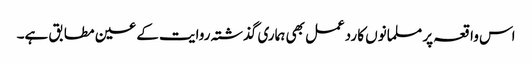
اس واقعہ پر مسلمانوں کا ردعمل بھی ہماری گذشتہ روایت کے عین مطابق ہے۔